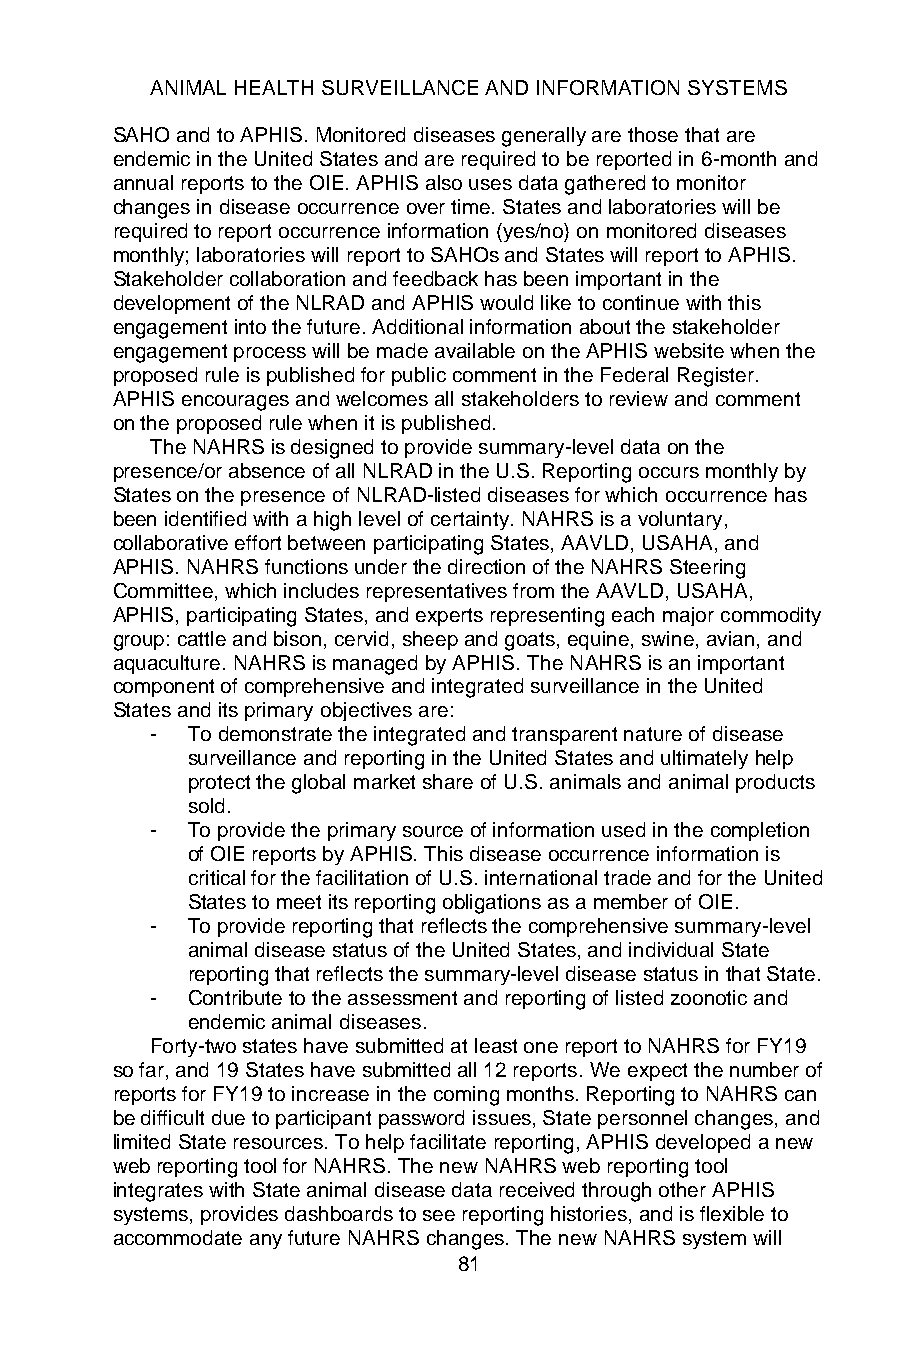
ANIMAL HEALTH SURVEILLANCE AND INFORMATION SYSTEMS
 SAHO and to APHIS. Monitored diseases generally are those that are
 endemic in the United States and are required to be reported in 6-month and
 annual reports to the OIE. APHIS also uses data gathered to monitor
 changes in disease occurrence over time. States and laboratories will be
 required to report occurrence information (yes/no) on monitored diseases
 monthly; laboratories will report to SAHOs and States will report to APHIS.
 Stakeholder collaboration and feedback has been important in the
 development of the NLRAD and APHIS would like to continue with this
 engagement into the future. Additional information about the stakeholder
 engagement process will be made available on the APHIS website when the
 proposed rule is published for public comment in the Federal Register.
 APHIS encourages and welcomes all stakeholders to review and comment
 on the proposed rule when it is published.
 The NAHRS is designed to provide summary-level data on the
 presence/or absence of all NLRAD in the U.S. Reporting occurs monthly by
 States on the presence of NLRAD-listed diseases for which occurrence has
 been identified with a high level of certainty. NAHRS is a voluntary,
 collaborative effort between participating States, AAVLD, USAHA, and
 APHIS. NAHRS functions under the direction of the NAHRS Steering
 Committee, which includes representatives from the AAVLD, USAHA,
 APHIS, participating States, and experts representing each major commodity
 group: cattle and bison, cervid, sheep and goats, equine, swine, avian, and
 aquaculture. NAHRS is managed by APHIS. The NAHRS is an important
 component of comprehensive and integrated surveillance in the United
 States and its primary objectives are:
 - To demonstrate the integrated and transparent nature of disease
 surveillance and reporting in the United States and ultimately help
 protect the global market share of U.S. animals and animal products
 sold.
 - To provide the primary source of information used in the completion
 of OIE reports by APHIS. This disease occurrence information is
 critical for the facilitation of U.S. international trade and for the United
 States to meet its reporting obligations as a member of OIE.
 - To provide reporting that reflects the comprehensive summary-level
 animal disease status of the United States, and individual State
 reporting that reflects the summary-level disease status in that State.
 - Contribute to the assessment and reporting of listed zoonotic and
 endemic animal diseases.
 Forty-two states have submitted at least one report to NAHRS for FY19
 so far, and 19 States have submitted all 12 reports. We expect the number of
 reports for FY19 to increase in the coming months. Reporting to NAHRS can
 be difficult due to participant password issues, State personnel changes, and
 limited State resources. To help facilitate reporting, APHIS developed a new
 web reporting tool for NAHRS. The new NAHRS web reporting tool
 integrates with State animal disease data received through other APHIS
 systems, provides dashboards to see reporting histories, and is flexible to
 accommodate any future NAHRS changes. The new NAHRS system will
 81